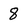
Character: 8